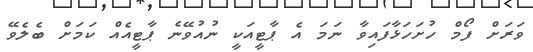
ވަރަށް ފޯމް ހުށަހަޅާފައިވާ ނަމަ އެ ޕާޓީއަކީ ނުއުވޭނެ ޕާޓީއެއް ކަމަށް ބެލެވޭ